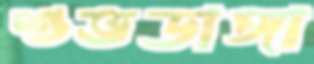
শুভডাঙ্গা